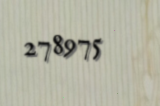
278975